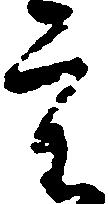
重